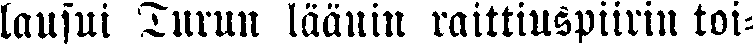
lausui Turun läänin raittiuspiirin toi-